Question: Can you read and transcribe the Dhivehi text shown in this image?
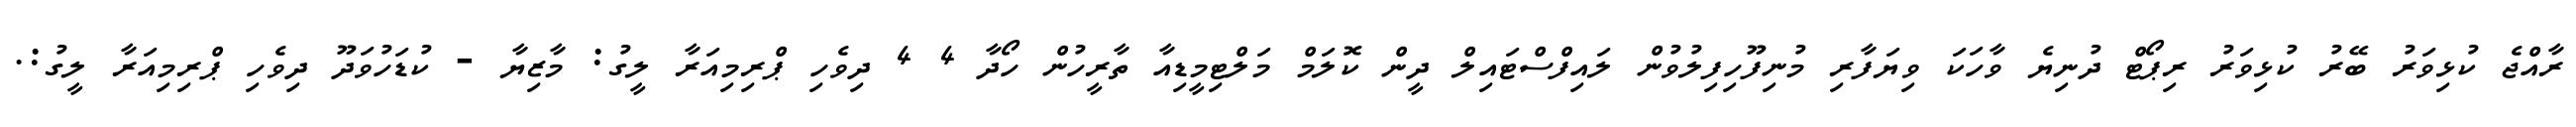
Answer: ރާއްޖެ ކުޅިވަރު ބޭރު ކުޅިވަރު ރިޕޯޓް ދުނިޔެ ވާހަކަ ވިޔަފާރި މުނިފޫހިފިލުވުން ލައިފްސްޓައިލް ދީން ކޮލަމް މަލްޓިމީޑިއާ ތާރީހުން ހޯދާ 4 4 ދިވެހި ޕްރިމިއަރާ ލީގު: މާޒިޔާ - ކުޑަހުވަދޫ ދިވެހި ޕްރިމިއަރާ ލީގު:.